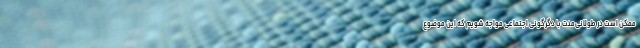
ممکن است در طولانی‌مدت با دگرگونی اجتماعی مواجه شویم که این موضوع